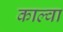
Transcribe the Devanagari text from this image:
काल्वा